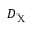
D _ { \mathrm { \tilde { X } } }